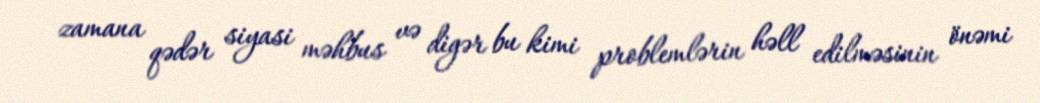
zamana qədər siyasi məhbus və digər bu kimi problemlərin həll edilməsinin önəmi